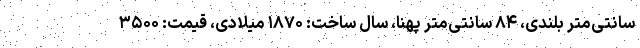
سانتی‌متر بلندی، ۸۴ سانتی‌متر پهنا، سال ساخت: ۱۸۷۰ میلادی، قیمت: ۳۵۰۰